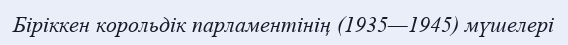
Біріккен корольдік парламентінің (1935—1945) мүшелері